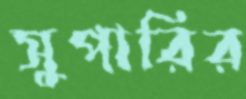
সুপারির